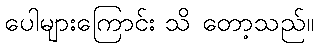
ပေါများကြောင်း သိ တော့သည်။